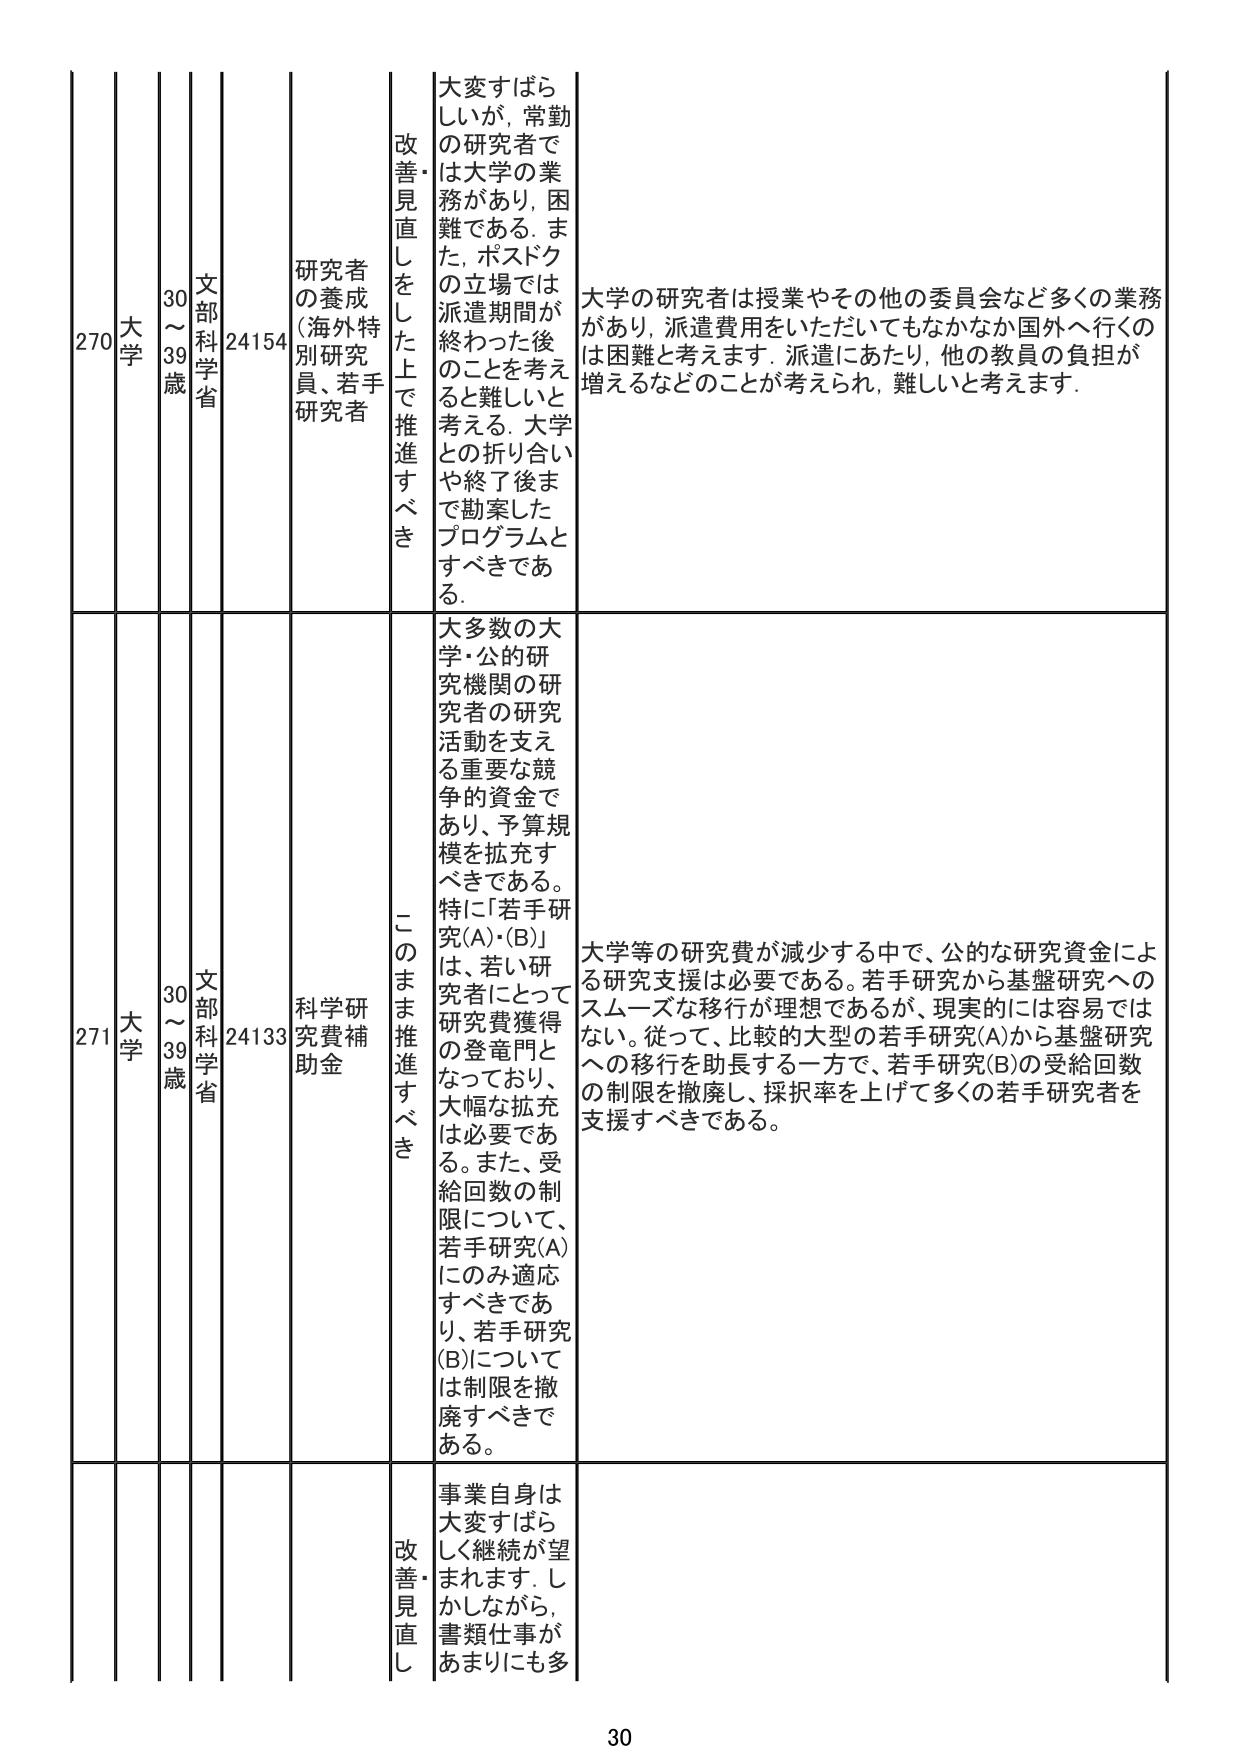
270 大学 30～39歳 文部科学省 24154 研究者の養成（海外特別研究員、若手研究者） 改善・見直しをした上で推進すべき 大変すばらしいが、常勤の研究者では大学の業務があり、困難である。また、ポスドクの立場では派遣期間が終わった後のことを考えると難しいと考える。大学との折り合いや終了後まで勘案したプログラムとすべきである。 大学の研究者は授業やその他の委員会など多くの業務があり、派遣費用をいただいてもなかなか国外へ行くのは困難と考えます。派遣にあたり、他の教員の負担が増えるなどのことが考えられ、難しいと考えます。

271 大学 30～39歳 文部科学省 24133 科学研究費補助金 このまま推進すべき 大多数の大学・公的研究機関の研究者の研究活動を支える重要な競争的資金であり、予算規模を拡充すべきである。特に「若手研究(A)・(B)」は、若い研究者にとって研究費獲得の登竜門となっており、大幅な拡充は必要である。また、受給回数の制限について、若手研究(A)にのみ適応すべきであり、若手研究(B)については制限を撤廃すべきである。 大学等の研究費が減少する中で、公的な研究資金による研究支援は必要である。若手研究から基盤研究へのスムーズな移行が理想であるが、現実的には容易ではない。従って、比較的大型の若手研究(A)から基盤研究への移行を助長する一方で、若手研究(B)の受給回数の制限を撤廃し、採択率を上げて多くの若手研究者を支援すべきである。

改善・見直し 事業自身は大変すばらしく継続が望まれます。しかしながら、書類仕事があまりにも多

30